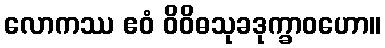
လောကဿ ဧဝံ ဝိဝိဓသုခဒုက္ခာဝဟော။